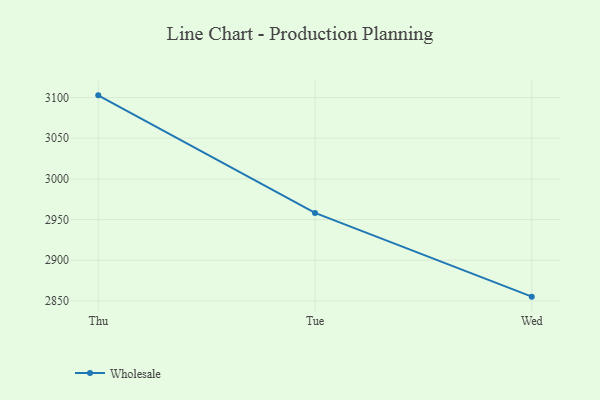
{"axis": {"x": "Day", "y": "Population (Million)"}, "legend": ["Wholesale"], "data": [{"x": "Thu", "y": 3102.7, "type": "Wholesale"}, {"x": "Tue", "y": 2958.1, "type": "Wholesale"}, {"x": "Wed", "y": 2855.2, "type": "Wholesale"}]}